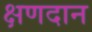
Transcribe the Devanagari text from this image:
क्षणदान